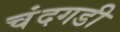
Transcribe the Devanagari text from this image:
चंंदगडी